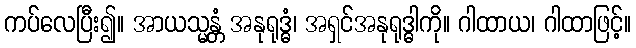
ကပ်လေပြီး၍။ အာယသ္မန္တံ အနုရုဒ္ဓံ၊ အရှင်အနုရုဒ္ဓါကို။ ဂါထာယ၊ ဂါထာဖြင့်။